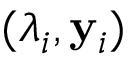
( \lambda _ { i } , \mathbf { y } _ { i } )